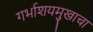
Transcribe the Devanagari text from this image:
गर्भाशयमुखाचा